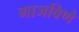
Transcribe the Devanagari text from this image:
गाजविणे